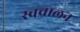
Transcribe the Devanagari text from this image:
स्‍वचालन